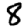
Digit: 8